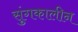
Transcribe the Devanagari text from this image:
सुंगकालीन